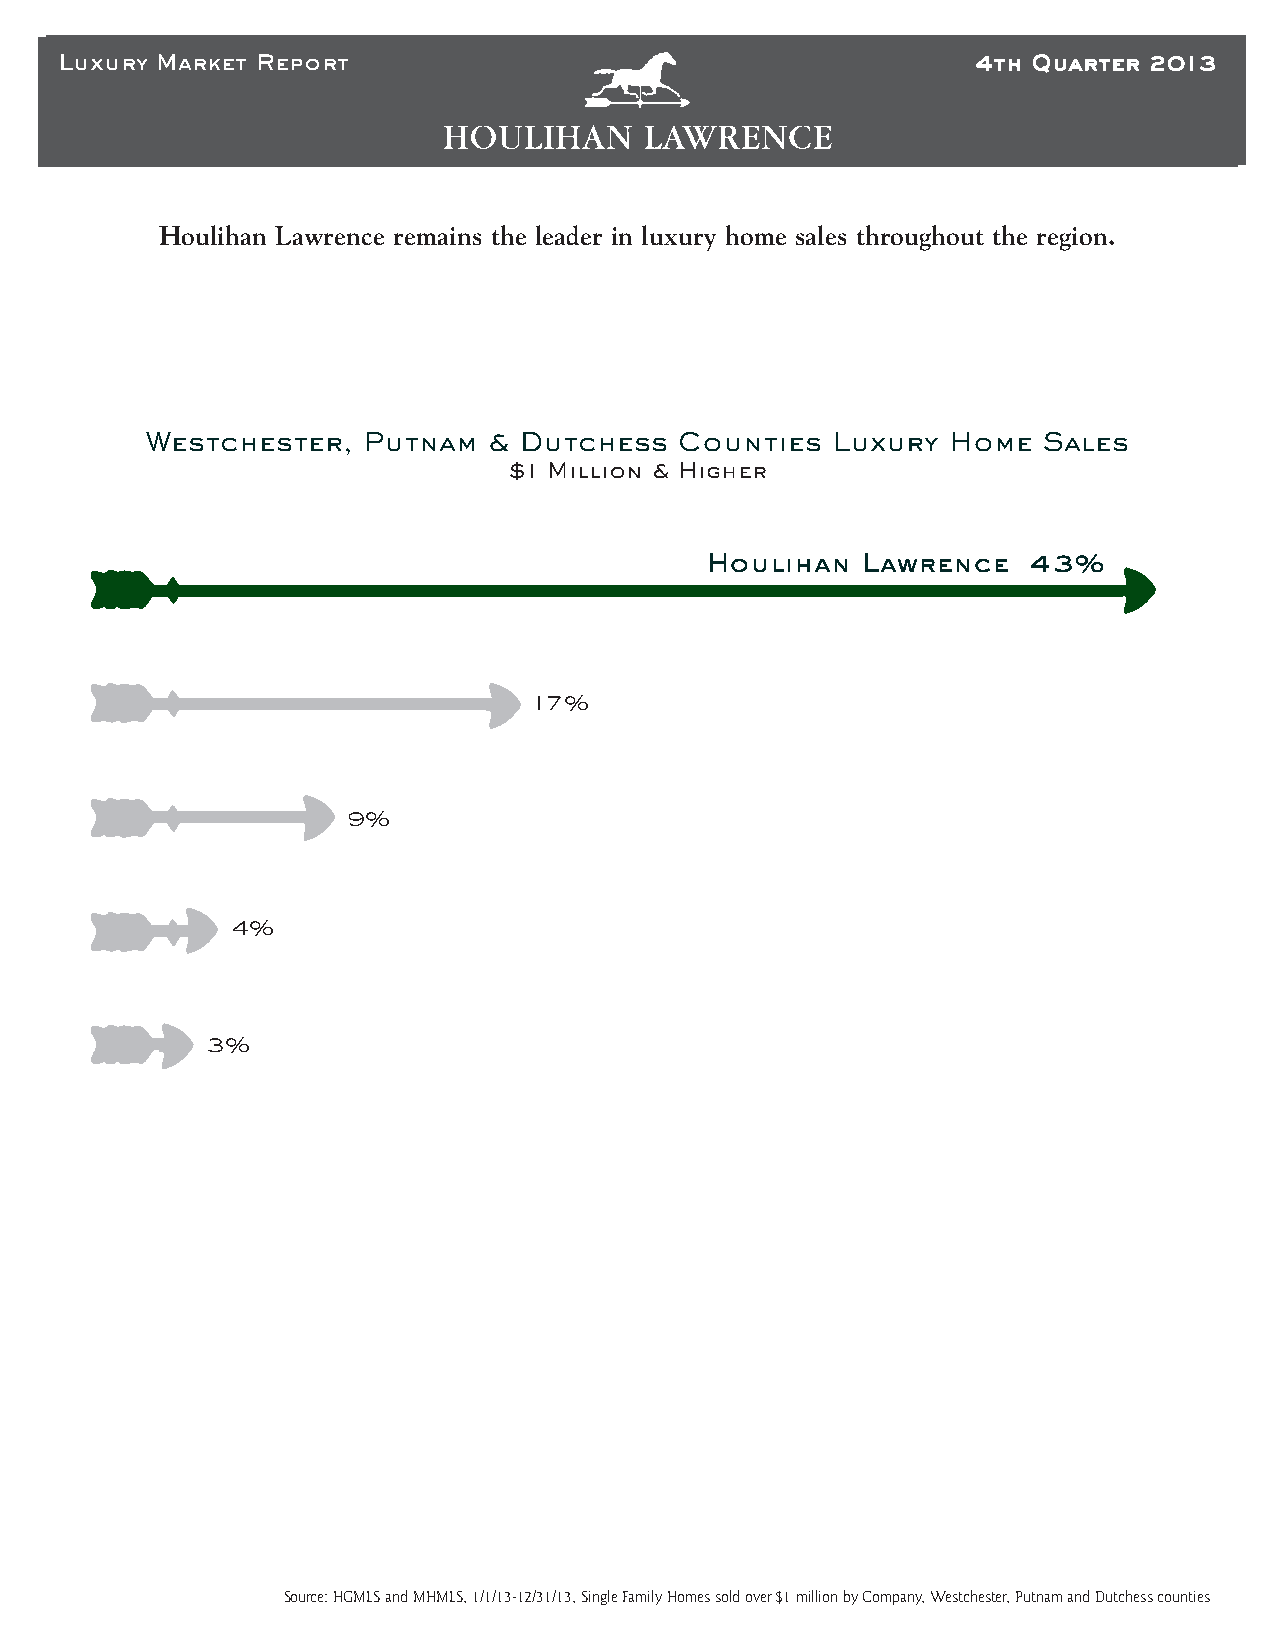
LLuuxxuurryy M Maarrkkeett R Reeppoorrtt                     44tthh Q Quuaarrtteerr 2 2001133
 Houlihan Lawrence remains the leader in luxury home sales throughout the region.
 Westchester,  Putnam  & Dutchess   Counties  Luxury  Home  Sales
 $1 Million & Higher
 Houlihan  Lawrence   43%
 17%
 9%
 4%
 3%
 Source: HGMLS and MHMLS, 1/1/13-12/31/13, Single Family Homes sold over $1 million by Company, Westchester, Putnam and Dutchess counties